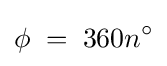
\phi \;=\;360n^{\circ }